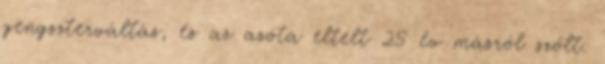
gengszterváltás, és az azóta eltelt 25 év másról szólt.